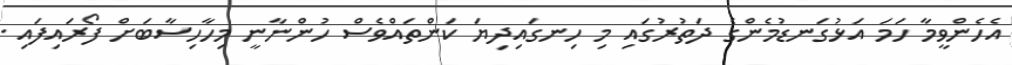
އެހެންވީމާ ހަމަ އަޅުގަނޑުމެންގެ ދަތުރުގައި މި ހިނގައިދިޔަ ކަންތައްވެސް ހުންނާނީ މިހާހިސާބަށް ފޯރައިފައި.